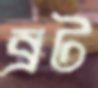
ব্রট